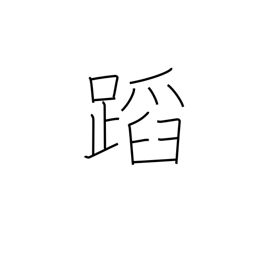
Meaning: appraise